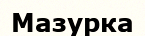
Мазурка